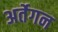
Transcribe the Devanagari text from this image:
अर्तेगन